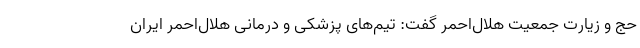
حج و زیارت جمعیت هلال‌احمر گفت: تیم‌های پزشکی و درمانی هلال‌احمر ایران